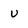
Character: v